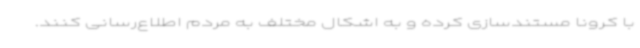
با کرونا مستندسازی کرده و به اشکال مختلف به مردم اطلاع‌رسانی کنند.